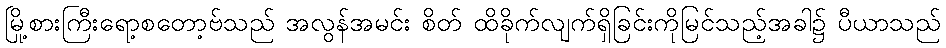
မြို့စားကြီးရော့စတော့ဗ်သည် အလွန်အမင်း စိတ် ထိခိုက်လျက်ရှိခြင်းကိုမြင်သည့်အခါ၌ ပီယာသည်